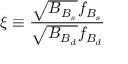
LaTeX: \xi \equiv { \frac { \sqrt { B _ { B _ { s } } } f _ { B _ { s } } } { \sqrt { B _ { B _ { d } } } f _ { B _ { d } } } }